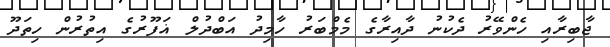
ޖާބިރާއި ހެންވޭރު ދެކުނު ދާއިރާގެ މެމްބަރު ހާމިދު އަބްދުލް ޣަފޫރުގެ އިތުރުން ހިތަދޫ